Vaccination in Bombay 1924-1928 - 1924-1928
Year: 1924
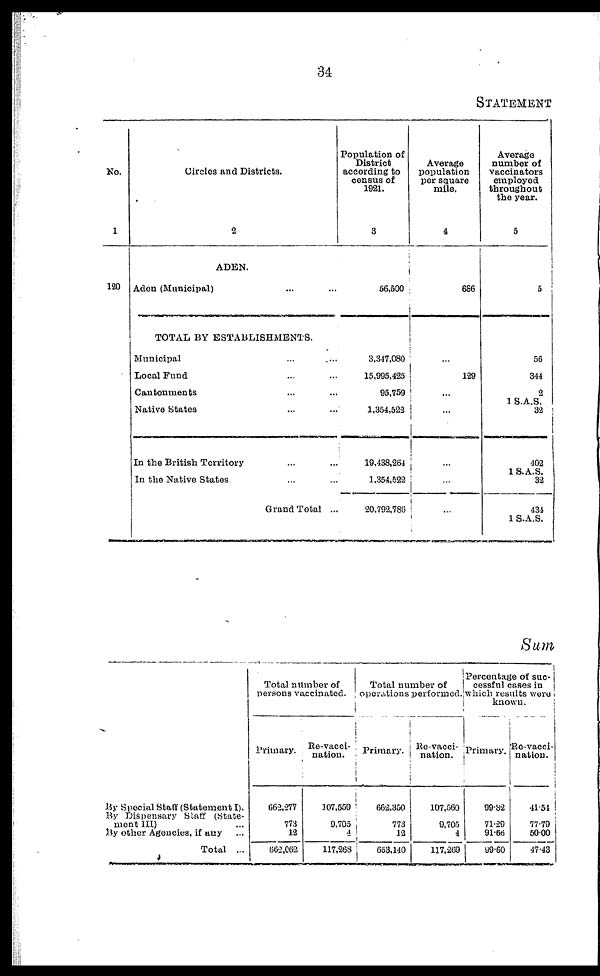
34
STATEMENT
No.
1
120
Circles and Districts.
2
ADEN.
Aden (Municipal) ... ...
TOTAL BY ESTABLISHMENTS.
Municipal ... ...
Local Fund ... ...
Cantonments ... ...
Native States
In the British Territory ... ...
In the Native States
Grand Total ...
Population of
District
according to
census of
1921.
3
56,500
3,347,080
15,995,425
95,759
1,354,522
19,438,264
1,354,522
20,792,786
Average
population
per square
mile.
4
686
...
129
...
...
Average
number of
vaccinators
employed
throughout
the year.
5
5
56
344
2
1 S.A.S.
32
402
1 S.A.S.
32
434
1 S.A.S.
Sum
My Special Staff (Statement I).
By Dispensary Staff (State-
ment III) ...
By other Agencies, if any
Total ...
Total number of
persons vaccinated.
Primary.
662,277
773
12
662,062
Re-vacci-
nation.
107,559
9,705
4
117,268
Total number of
operations performed.
Primary.
662,350
773
12
663,140
Re-vacci¬
nation.
107,560
9,705
4
117,269
Percentage of suc-
cessful cases in
which results were
known.
Primary.
99.82
71.29
91.66
99.60
Re-vacci-
nation.
41.51
77.79
50.00
47.43